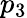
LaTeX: p_{3}